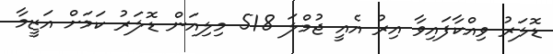
ޑޮލަރު ވިއްކާފައިވާ އިރު އެއީ ޖުމްލަ 518 މިލިއަން ޑޮލަރު ކަމަށް އަޒީމާ